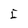
Character: I